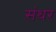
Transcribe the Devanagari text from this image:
संथर